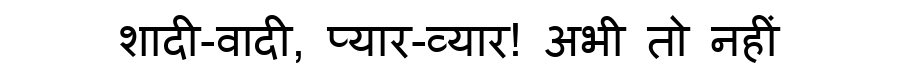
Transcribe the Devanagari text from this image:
शादी-वादी, प्यार-व्यार! अभी तो नहीं